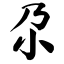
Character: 尕